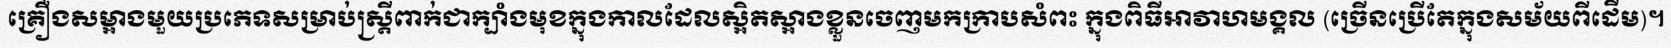
គ្រឿងសម្អាងមួយប្រភេទសម្រាប់ស្ត្រីពាក់ជាក្បាំងមុខក្នុងកាលដែលស្អិតស្អាងខ្លួនចេញមកក្រាបសំពះ ក្នុងពិធីអាវាហមង្គល (ច្រើនប្រើតែក្នុងសម័យពីដើម)។